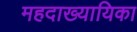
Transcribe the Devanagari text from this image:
महदाख्यायिका